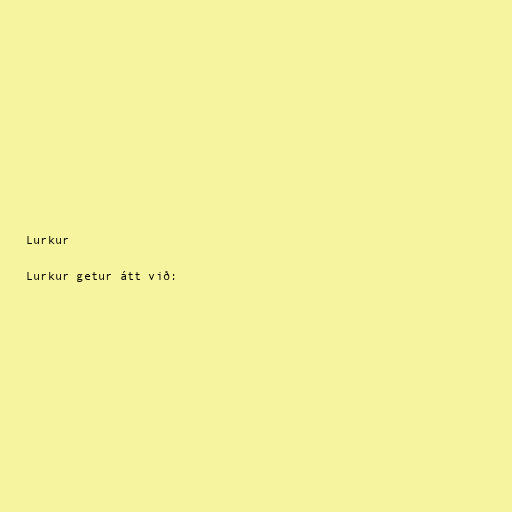
Lurkur

Lurkur getur átt við: